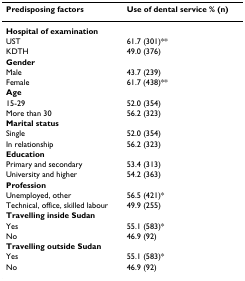
<table><thead><tr><td><b>Predisposing factors</b></td><td><b>Use of dental service % (n)</b></td></tr></thead><tbody><tr><td><b>Hospital of examination</b></td><td></td></tr><tr><td>UST</td><td>61.7 (301)**</td></tr><tr><td>KDTH</td><td>49.0 (376)</td></tr><tr><td><b>Gender</b></td><td></td></tr><tr><td>Male</td><td>43.7 (239)</td></tr><tr><td>Female</td><td>61.7 (438)**</td></tr><tr><td><b>Age</b></td><td></td></tr><tr><td>15-29</td><td>52.0 (354)</td></tr><tr><td>More than 30</td><td>56.2 (323)</td></tr><tr><td><b>Marital status</b></td><td></td></tr><tr><td>Single</td><td>52.0 (354)</td></tr><tr><td>In relationship</td><td>56.2 (323)</td></tr><tr><td><b>Education</b></td><td></td></tr><tr><td>Primary and secondary</td><td>53.4 (313)</td></tr><tr><td>University and higher</td><td>54.2 (363)</td></tr><tr><td><b>Profession</b></td><td></td></tr><tr><td>Unemployed, other</td><td>56.5 (421)*</td></tr><tr><td>Technical, office, skilled labour</td><td>49.9 (255)</td></tr><tr><td><b>Travelling inside Sudan</b></td><td></td></tr><tr><td>Yes</td><td>55.1 (583)*</td></tr><tr><td>No</td><td>46.9 (92)</td></tr><tr><td><b>Travelling outside Sudan</b></td><td></td></tr><tr><td>Yes</td><td>55.1 (583)*</td></tr><tr><td>No</td><td>46.9 (92)</td></tr></tbody></table>